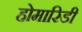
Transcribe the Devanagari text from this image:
होमारिडी